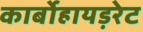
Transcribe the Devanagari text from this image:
कार्बोहायड़रेट